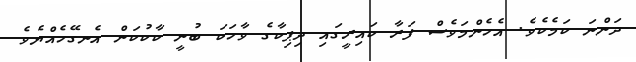
ދަންނަ ކަމެކެވެ. އެހެންމަވެސް ފަރާ ކައިރީގައި ދިޕިކާގެ ވާހަކަ ބުނީ ކާކުކަން އެނގޭހެއްޔެވެ